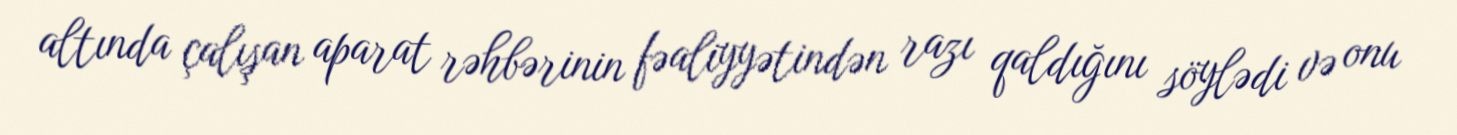
altında çalışan aparat rəhbərinin fəaliyyətindən razı qaldığını söylədi və onu